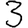
Digit: 3